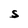
Character: S